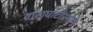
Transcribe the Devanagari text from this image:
वाटाघाटींप्रमाणे